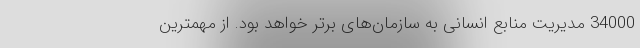
34000 مدیریت منابع انسانی به سازمان‌های برتر خواهد بود. از مهمترین